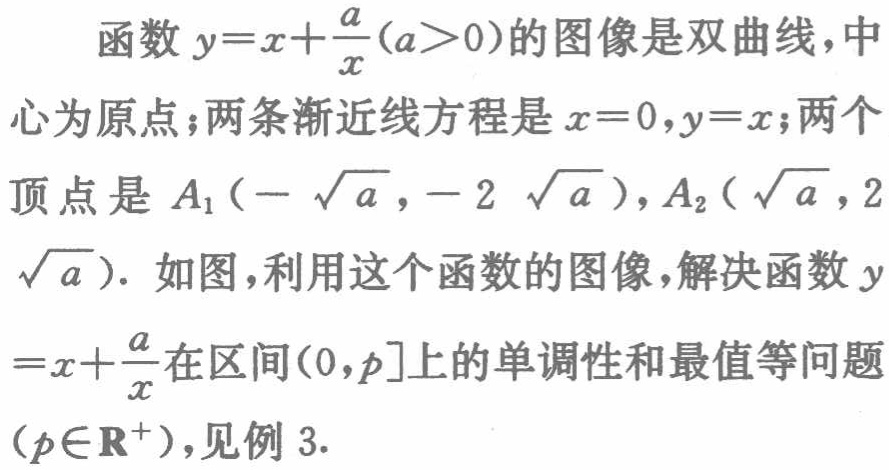
函数\(y = x+\frac{a}{x}(a > 0)\)的图像是双曲线，中心为原点；两条渐近线方程是\(x = 0,y = x\)；两个顶点是\(A_1(-\sqrt{a},-2\sqrt{a})\)，\(A_2(\sqrt{a},2\sqrt{a})\)。如图，利用这个函数的图像，解决函数\(y=x+\frac{a}{x}\)在区间\((0,p]\)上的单调性和最值等问题\((p\in\mathbf{R}^{+})\)，见例 3.